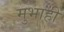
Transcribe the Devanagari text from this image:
मुभाही